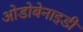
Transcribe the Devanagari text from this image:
ओडोबेनाइडी